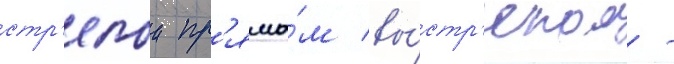
стр'елои пр'ямы́м вы́стр'елом -